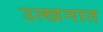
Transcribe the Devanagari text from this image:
उत्खनात